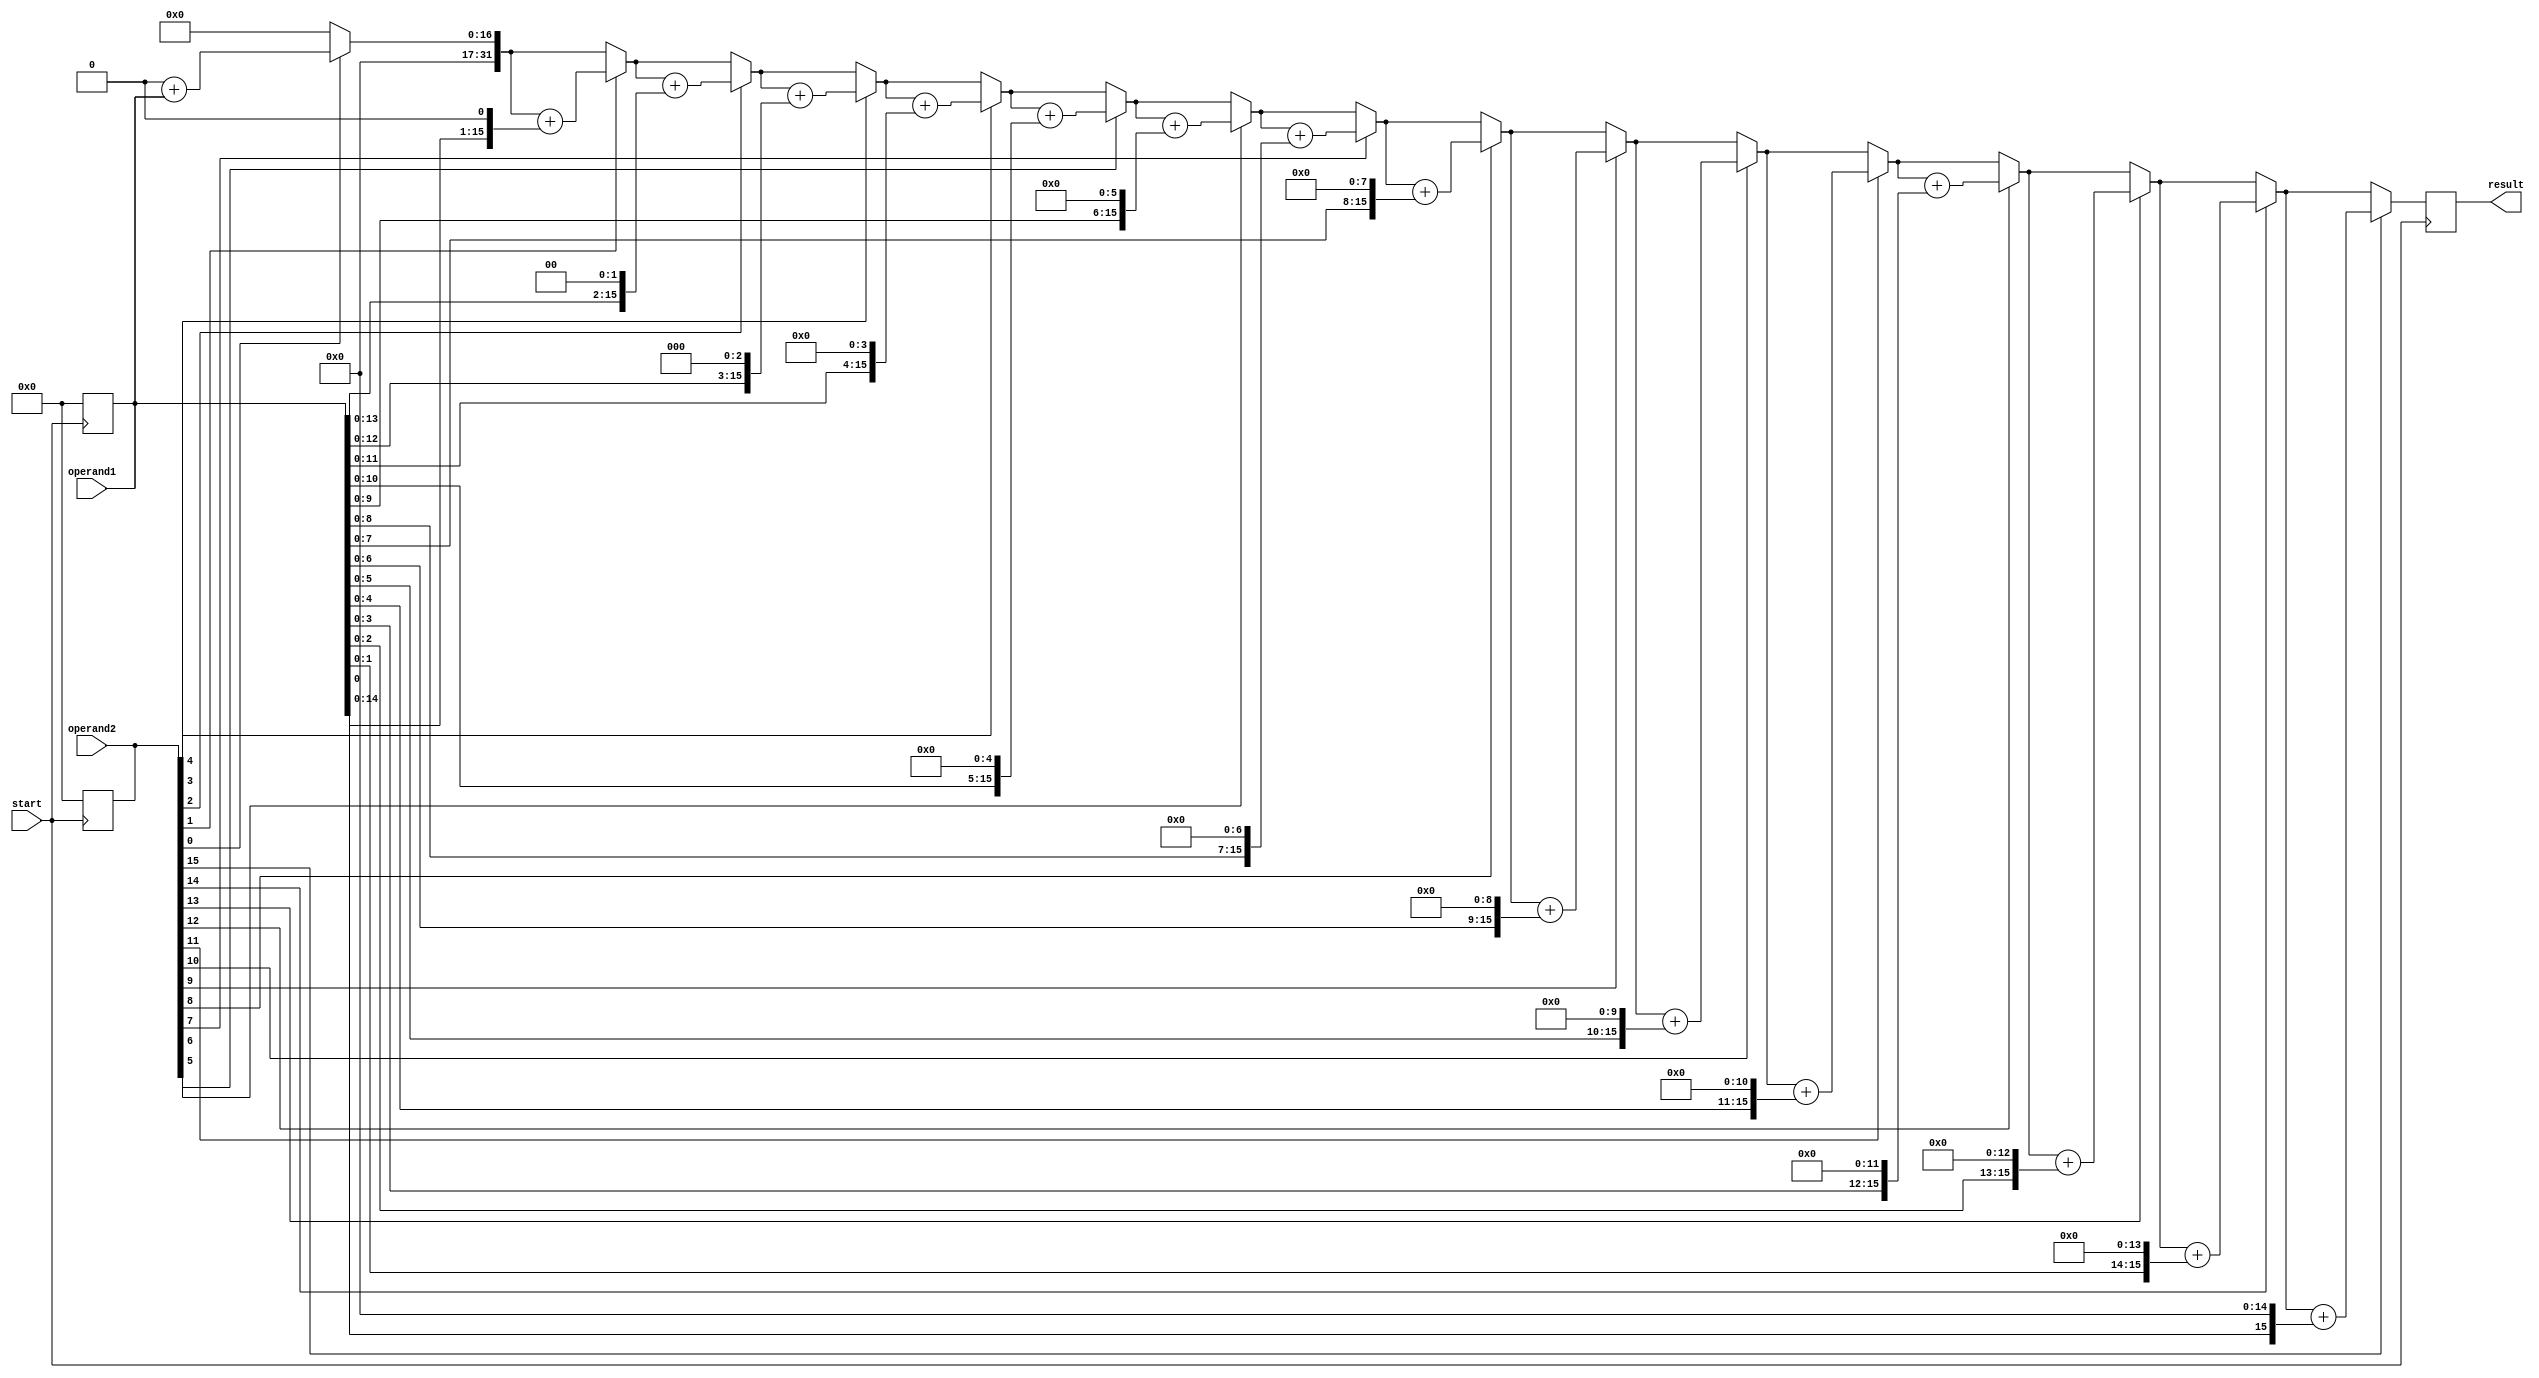
module unsigned_multiplier (
    input wire [15:0] operand1,
    input wire [15:0] operand2,
    input wire start,
    output reg [31:0] result
    );

reg [31:0] product;

always @ (posedge start) begin

    product = 0;

    repeat(16) begin
        if (operand2[0] == 1'b1) begin
            product = product + operand1;
        end

        operand1 = operand1 << 1;
        operand2 = operand2 >> 1;
    end

    result <= product;
end

endmodule